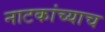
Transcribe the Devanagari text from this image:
नाटकांच्याच